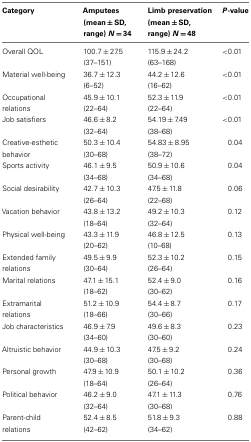
<table><thead><tr><td><b>Category</b></td><td><b>Amputees (mean ± SD, range) <i>N</i> = 34</b></td><td><b>Limb preservation (mean ± SD, range) <i>N</i> = 48</b></td><td><b><i>P</i>-value</b></td></tr></thead><tbody><tr><td>Overall QOL</td><td>100.7 ± 27.5 (37–151)</td><td>115.9 ± 24.2 (63–168)</td><td>&lt;0.01</td></tr><tr><td>Material well-being</td><td>36.7 ± 12.3 (6–52)</td><td>44.2 ± 12.6 (16–62)</td><td>&lt;0.01</td></tr><tr><td>Occupational relations</td><td>45.9 ± 10.1 (22–64)</td><td>52.3 ± 11.9 (22–64)</td><td>&lt;0.01</td></tr><tr><td>Job satisfiers</td><td>46.6 ± 8.2 (32–64)</td><td>54.19 ± 7.49 (38–68)</td><td>&lt;0.01</td></tr><tr><td>Creative-esthetic behavior</td><td>50.3 ± 10.4 (30–68)</td><td>54.83 ± 8.95 (38–72)</td><td>0.04</td></tr><tr><td>Sports activity</td><td>46.1 ± 9.5 (34–68)</td><td>50.9 ± 10.6 (34–68)</td><td>0.04</td></tr><tr><td>Social desirability</td><td>42.7 ± 10.3 (26–64)</td><td>47.5 ± 11.8 (22–68)</td><td>0.06</td></tr><tr><td>Vacation behavior</td><td>43.8 ± 13.2 (18–64)</td><td>49.2 ± 10.3 (32–64)</td><td>0.12</td></tr><tr><td>Physical well-being</td><td>43.3 ± 11.9 (20–62)</td><td>46.8 ± 12.5 (10–68)</td><td>0.13</td></tr><tr><td>Extended family relations</td><td>49.5 ± 9.9 (30–64)</td><td>52.3 ± 10.2 (26–64)</td><td>0.15</td></tr><tr><td>Marital relations</td><td>47.1 ± 15.1 (18–62)</td><td>52.4 ± 9.0 (30–62)</td><td>0.16</td></tr><tr><td>Extramarital relations</td><td>51.2 ± 10.9 (18–66)</td><td>54.4 ± 8.7 (30–66)</td><td>0.17</td></tr><tr><td>Job characteristics</td><td>46.9 ± 7.9 (34–60)</td><td>49.6 ± 8.3 (30–60)</td><td>0.23</td></tr><tr><td>Altruistic behavior</td><td>44.9 ± 10.3 (30–68)</td><td>47.5 ± 9.2 (30–68)</td><td>0.24</td></tr><tr><td>Personal growth</td><td>47.9 ± 10.9 (18–64)</td><td>50.1 ± 10.2 (26–64)</td><td>0.36</td></tr><tr><td>Political behavior</td><td>46.2 ± 9.0 (32–64)</td><td>47.1 ± 11.3 (30–68)</td><td>0.76</td></tr><tr><td>Parent-child relations</td><td>52.4 ± 8.5 (42–62)</td><td>51.8 ± 9.3 (34–62)</td><td>0.88</td></tr></tbody></table>